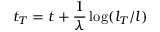
t _ { T } = t + \frac { 1 } { \lambda } \log ( l _ { T } / l )